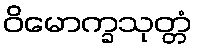
ဝိမောက္ခသုတ္တံ